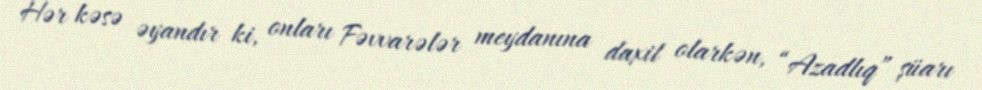
Hər kəsə əyandır ki, onları Fəvvarələr meydanına daxil olarkən, “Azadlıq” şüarı